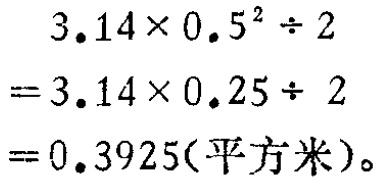
\[

\begin{align*}

&3.14\times0.5^{2}\div2\\

=&3.14\times0.25\div2\\

=&0.3925(\text{平方米})

\end{align*}

\]